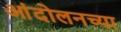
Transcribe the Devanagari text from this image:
आंदोलनच्या